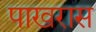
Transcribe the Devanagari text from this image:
पाखरास